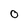
Character: O